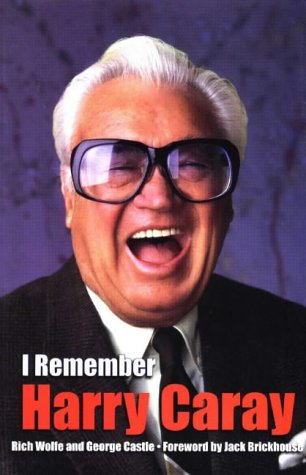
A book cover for I Remember Harry Caray; George Castle; Sports & Outdoors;